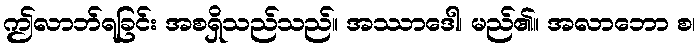
ဤလာဘ်ရခြင်း အစရှိသည်သည်။ အဿာဒေါ၊ မည်၏။ အလာဘော စ၊